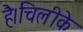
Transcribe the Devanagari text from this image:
है।चिलीके